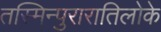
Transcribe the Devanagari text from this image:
तस्मिन्पुरारातिलोके